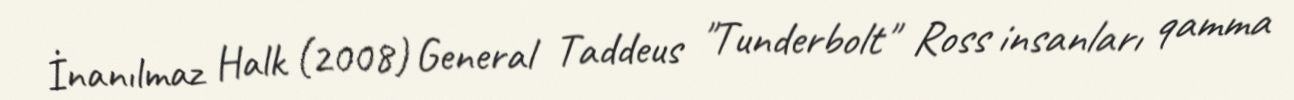
İnanılmaz Halk (2008) General Taddeus "Tunderbolt" Ross insanları qamma